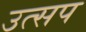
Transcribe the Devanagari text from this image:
उत्सप